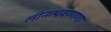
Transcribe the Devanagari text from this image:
लीनत्थवण्णणा